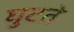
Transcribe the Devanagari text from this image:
घुटते